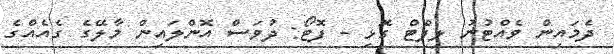
ދެމައިން ވެއްޓުނު ލިފްޓް ގޮޅި - ފޮޓޯ: ދުވަސް އޮންލައިން މާލޭގެ ގެއެއްގެ